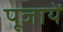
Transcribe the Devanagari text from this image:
पूजायें